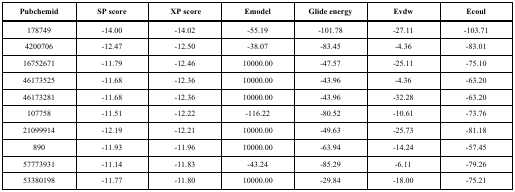
<table><thead><tr><td><b>Pubchemid</b></td><td><b>SP score</b></td><td><b> XP score</b></td><td><b>Emodel</b></td><td><b>Glide energy</b></td><td><b>Evdw</b></td><td><b>Ecoul</b></td></tr></thead><tbody><tr><td>178749</td><td>-14.00</td><td>-14.02</td><td>-55.19</td><td>-101.78</td><td>-27.11</td><td>-103.71</td></tr><tr><td>4200706</td><td>-12.47</td><td>-12.50</td><td>-38.07</td><td>-83.45</td><td>-4.36</td><td>-83.01</td></tr><tr><td>16752671</td><td>-11.79</td><td>-12.46</td><td>10000.00</td><td>-47.57</td><td>-25.11</td><td>-75.10</td></tr><tr><td>46173525</td><td>-11.68</td><td>-12.36</td><td>10000.00</td><td>-43.96</td><td>-4.36</td><td>-63.20</td></tr><tr><td>46173281</td><td>-11.68</td><td>-12.36</td><td>10000.00</td><td>-43.96</td><td>-32.28</td><td>-63.20</td></tr><tr><td>107758</td><td>-11.51</td><td>-12.22</td><td>-116.22</td><td>-80.52</td><td>-10.61</td><td>-73.76</td></tr><tr><td>21099914</td><td>-12.19</td><td>-12.21</td><td>10000.00</td><td>-49.63</td><td>-25.73</td><td>-81.18</td></tr><tr><td>890</td><td>-11.93</td><td>-11.96</td><td>10000.00</td><td>-63.94</td><td>-14.24</td><td>-57.45</td></tr><tr><td>57773931</td><td>-11.14</td><td>-11.83</td><td>-43.24</td><td>-85.29</td><td>-6.11</td><td>-79.26</td></tr><tr><td>53380198</td><td>-11.77</td><td>-11.80</td><td>10000.00</td><td>-29.84</td><td>-18.00</td><td>-75.21</td></tr></tbody></table>